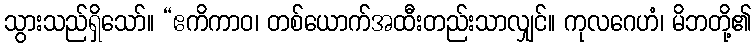
သွားသည်ရှိသော်။ “ဧကိကာဝ၊ တစ်ယောက်အထီးတည်းသာလျှင်။ ကုလဂေဟံ၊ မိဘတို့၏